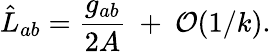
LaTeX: \hat{L}_{ab}={\frac{g_{ab}}{2A}}~+~{\cal O}(1/k).